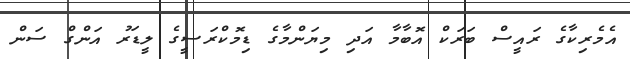
އެމެރިކާގެ ރައީސް ބަރަކް އޮބާމާ އަދި މިޔަންމާގެ ޑިމޮކްރަސީގެ ލީޑަރު އަންގް ސަން